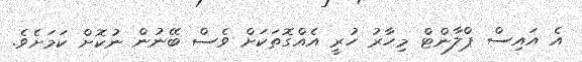
އެ އައިސް ޕްލާންޓް މިހާރު ހުރީ އެއްގޮތަކަށް ވެސް ބޭނުން ނުކޮށް ކަމަށެވެ.